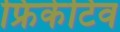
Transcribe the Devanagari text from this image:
फ्रिकेटिव